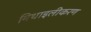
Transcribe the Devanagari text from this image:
मिथाइलीकरण